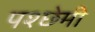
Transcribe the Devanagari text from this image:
पश्छेमी